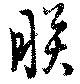
朕